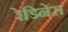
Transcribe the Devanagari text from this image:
रेडिनेस